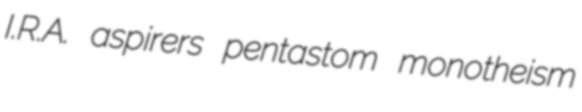
I.R.A. aspirers pentastom monotheism